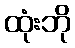
ထုံးဘို